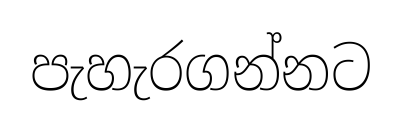
පැහැරගන්නට